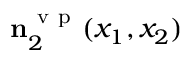
\ensuremath { \mathbf { n } } _ { 2 } ^ { \ensuremath { \mathrm { ~ v ~ p ~ } } } ( x _ { 1 } , x _ { 2 } )